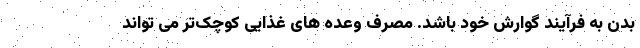
بدن به فرآیند گوارش خود باشد. مصرف وعده های غذایی کوچک‌تر می تواند